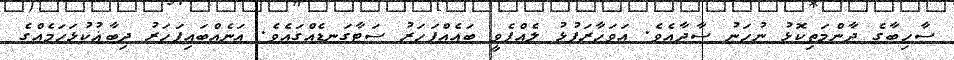
ސާހިބާގެ ދާންމަތިކޮޅު ނުހަނު ސާދާއެވެ. އަވަހާރަފުޅު ލެއްޕެވީ ބައެއްފަހަރު ސަޓާގަނޑެއްގައެވެ. އަނެއްބައިފަހަރު ދިބާޣުކުޅަހަމެއްގެ